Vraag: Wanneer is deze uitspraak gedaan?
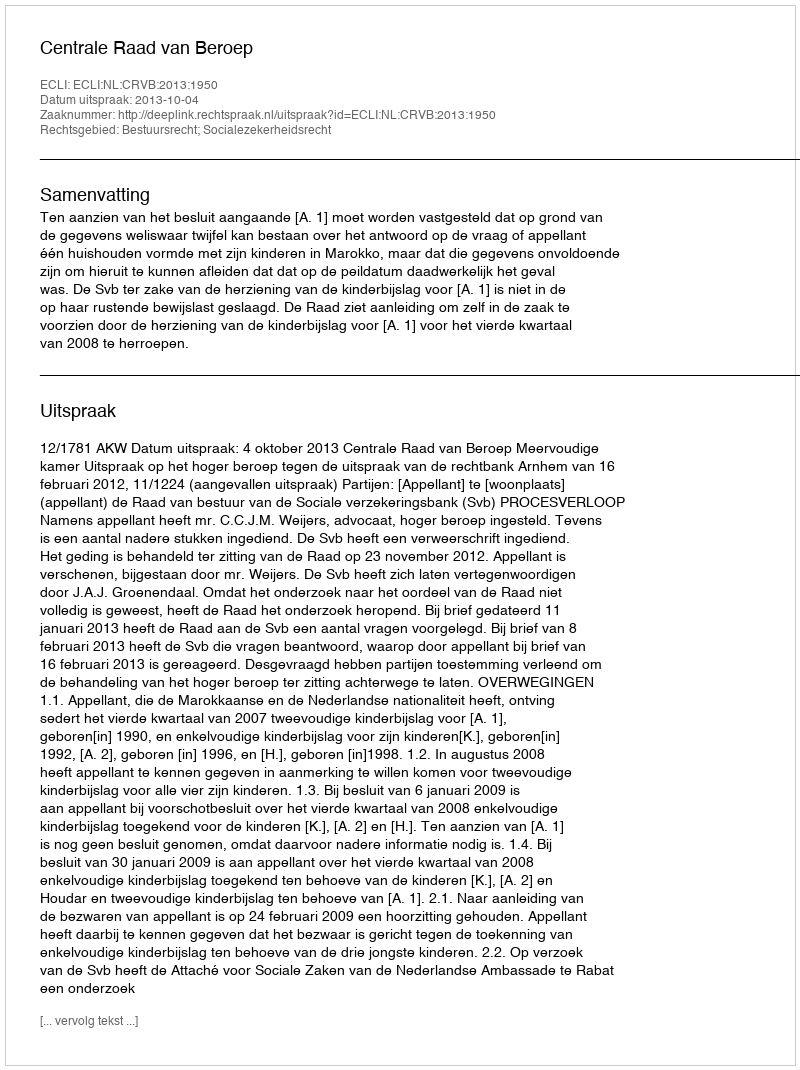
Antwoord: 2013-10-04